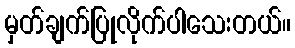
မှတ်ချက်ပြုလိုက်ပါသေးတယ်။